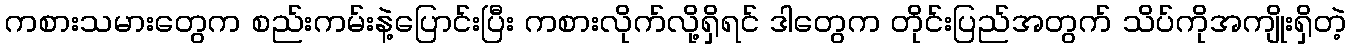
ကစားသမားတွေက စည်းကမ်းနဲ့ပြောင်းပြီး ကစားလိုက်လို့ရှိရင် ဒါတွေက တိုင်းပြည်အတွက် သိပ်ကိုအကျိုးရှိတဲ့